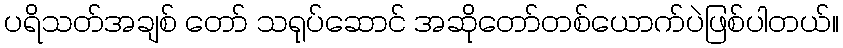
ပရိသတ်အချစ် တော် သရုပ်ဆောင် အဆိုတော်တစ်ယောက်ပဲဖြစ်ပါတယ်။